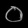
Digit: ၀